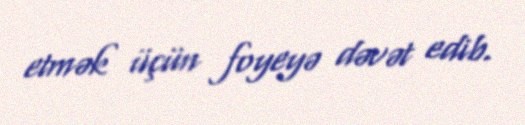
etmək üçün foyeyə dəvət edib.